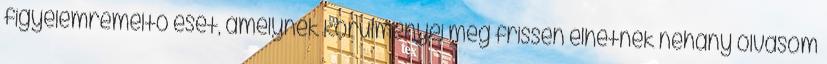
figyelemreméltó eset, amelynek körülményei még frissen élhetnek néhány olvasóm